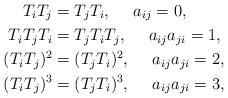
LaTeX: \begin{align*}T_iT_j &=T_jT_i,\ \ \ \ a_{ij} =0,\\T_iT_jT_i& =T_jT_iT_j,\ \ \ \ a_{ij}a_{ji} =1,\\(T_iT_j)^2&= (T_jT_i)^2,\ \ \ \ a_{ij}a_{ji}=2,\\(T_iT_j)^3&= (T_jT_i)^3,\ \ \ \ a_{ij}a_{ji}=3,\end{align*}